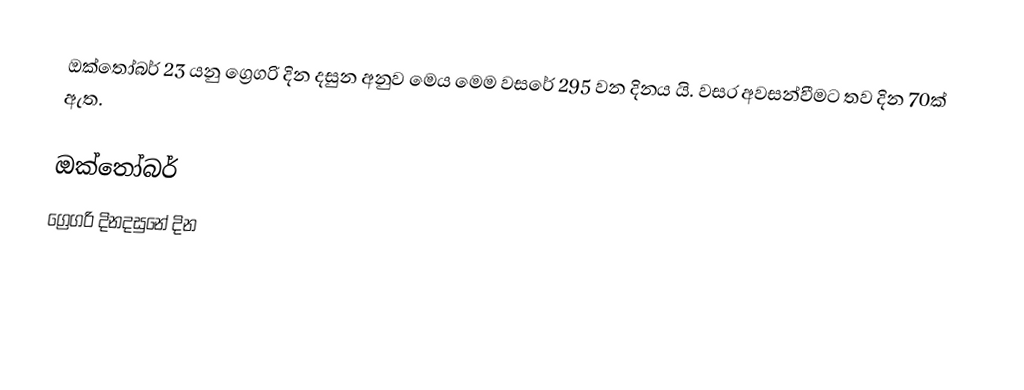
ඔක්තෝබර් 23 යනු ග්‍රෙගරි දින දසුන අනුව මෙය මෙම වසරේ 295 වන දිනය යි. වසර අවසන්වීමට තව දින 70ක් ඇත.

ඔක්තෝබර්
ග්‍රෙගරි දිනදසුනේ දින